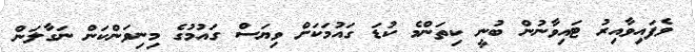
ވެފައިވާއިރު ޓައިވާނުން ބުނީ ކިތަންމެ ކުޑަ ގައުމަކަށް ވިޔަސް ގައުމުގެ މިނިވަންކަން ނަގާލަން